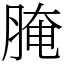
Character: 腌